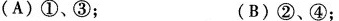
(A)①、③； (B)②、④；